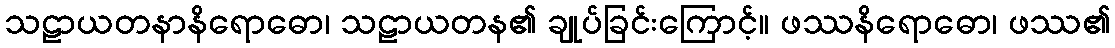
သဠာယတနာနိရောဓော၊ သဠာယတန၏ ချုပ်ခြင်းကြောင့်။ ဖဿနိရောဓော၊ ဖဿ၏